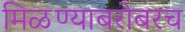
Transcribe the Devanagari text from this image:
मिळण्याबरोबरच